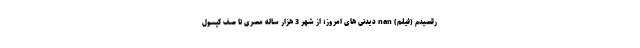
رقصیدم (فیلم) nan دیدنی های امروز؛ از شهر 3 هزار ساله مصری تا صف کپسول